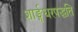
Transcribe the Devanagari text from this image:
शार्ङ्गधरपद्धति